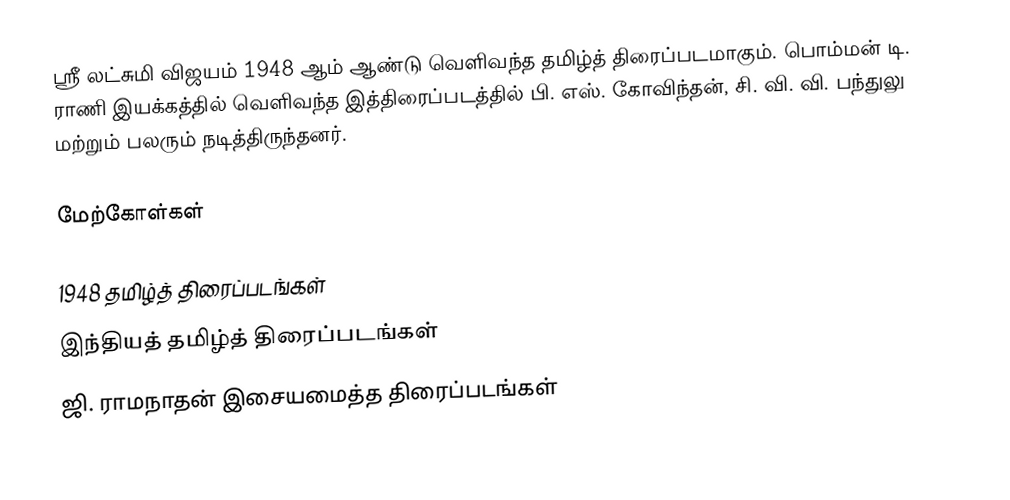
ஸ்ரீ லட்சுமி விஜயம் 1948 ஆம் ஆண்டு வெளிவந்த தமிழ்த் திரைப்படமாகும். பொம்மன் டி. ராணி இயக்கத்தில் வெளிவந்த இத்திரைப்படத்தில் பி. எஸ். கோவிந்தன், சி. வி. வி. பந்துலு மற்றும் பலரும் நடித்திருந்தனர்.

மேற்கோள்கள்

1948 தமிழ்த் திரைப்படங்கள்
இந்தியத் தமிழ்த் திரைப்படங்கள்
ஜி. ராமநாதன் இசையமைத்த திரைப்படங்கள்